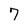
Character: 7